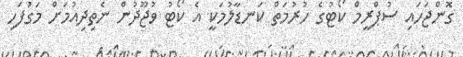
ގޮންޖަހައި ސުޕްރީމް ކޯޓުގެ ހުރުމަތް ކަނޑާލުމަކީ އެ ކޯޓު ވުޖޫދުން ނެތިދިއުމަށް މަގުފަހި